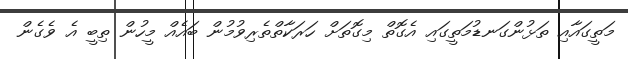
މަތީގައާއި ތަޅުންގަނޑުމަތީގައި އެގޮތް މިގޮތަށް ހަރަކާތްތެރިވުމުން ބައެއް މީހުން ތިބީ އެ ވެގެން